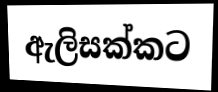
ඇලිසක්කට